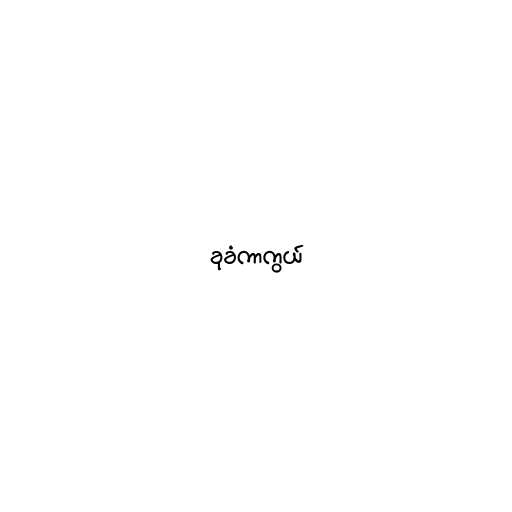
ခုခံကာကွယ်